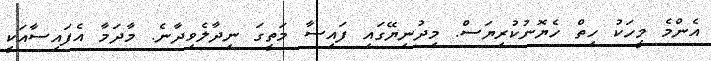
އެންމެ މީހަކު ހިތް ހެޔޮނުކުރިޔަސް. މިދުނިޔޭގައި ފައިސާ މަތީގަ ނިދާލެވިދާނެ. މާދަމާ އެފައިސާއަކީ